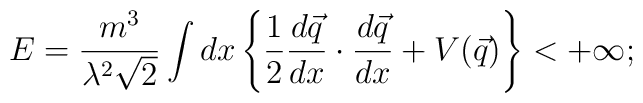
E=\frac{m^3}{\lambda^2\sqrt{2}} \int dx \left\{ \frac{1}{2}\frac{d\vec{q}}{dx}\cdot\frac{d\vec{q}}{dx}+V(\vec{q})\right\}<+\infty ;